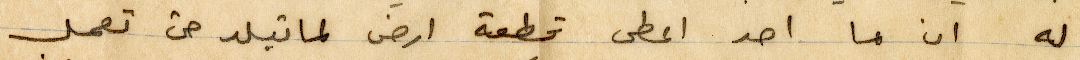
له ان ما احد اعطى قطعة ارض لماتيلد هي تعمل